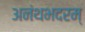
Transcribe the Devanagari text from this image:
अनंथभदरम्